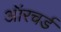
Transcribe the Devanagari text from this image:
ऑरचर्ड